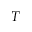
T